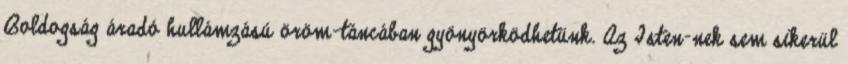
Boldogság áradó hullámzású öröm-táncában gyönyörködhetünk. Az Isten-nek sem sikerül